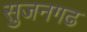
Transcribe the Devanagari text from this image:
सुजनगढ